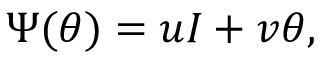
\Psi ( \theta ) = u I + v \theta ,